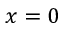
x = 0